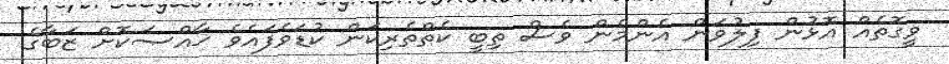
ވީގޮތެއް އޮޅުން ފިލުވަން އެންމެން ވެސް ތިބީ ކެތްތެރިކަން ކުޑަވެފައެވެ ޚާއްޞަކޮށް ޒަބާގެ